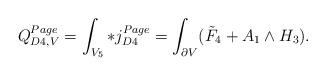
LaTeX: \begin{align*}Q_{D4,V}^{Page} = \int_{V_5} *j_{D4}^{Page} = \int_{\partial V} (\tilde F_4 + A_1 \wedge H_3).\end{align*}